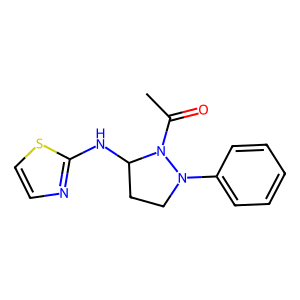
SMILES: CC(=O)N1C(Nc2nccs2)CCN1c1ccccc1
Inhibits HIV replication: No